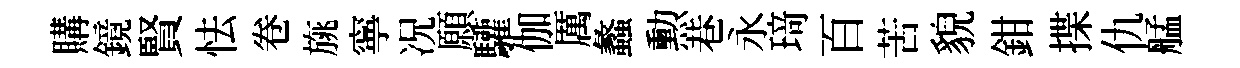
購鏡賢怯卷旐寧况願驩伽厲蠡勲巷永𤦺百苦貌鉗揲仇艋